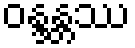
ဝန္ဒန္တဿ